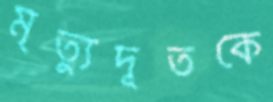
মৃত্যুদূতকে